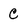
Character: C